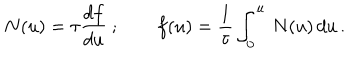
LaTeX: N ( u ) = \tau { \frac { d f } { d u } } \ ; \qquad f ( u ) = { \frac { 1 } { \tau } } \int _ { 0 } ^ { u } \, N ( u ) \, d u \, .